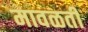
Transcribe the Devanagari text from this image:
मावळती